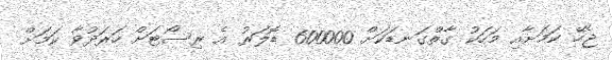
ޖެހޭ ކަމަށާއި މަހަކު ގާތްގަނޑަކަށް 600000 ޑޮލަރު އެ ރިސޯޓަށް ހަރަދުވާ ކަމަށް